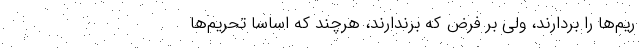
ریم‌ها را بردارند، ولی بر فرض که برندارند، هرچند که اساساً تحریم‌ها